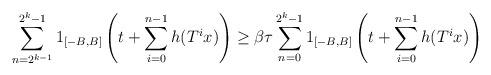
LaTeX: \begin{align*}\sum_{n=2^{k-1}}^{2^k-1} 1_{[-B,B]} \left(t + \sum_{i=0}^{n-1} h(T^i x) \right)\ge\beta \tau \sum_{n=0}^{2^k - 1} 1_{[-B,B]} \left(t + \sum_{i=0}^{n-1} h(T^i x) \right)\end{align*}